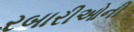
રબારીઓની